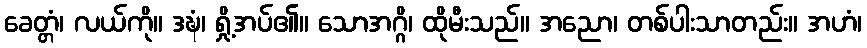
ခေတ္တံ၊ လယ်ကို။ ဒဍ္ဎံ၊ ရှို့အပ်၏။ သောအဂ္ဂိ၊ ထိုမီးသည်။ အညော၊ တစ်ပါးသာတည်း။ အဟံ၊